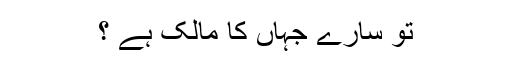
تو سارے جہاں کا مالک ہے ؟